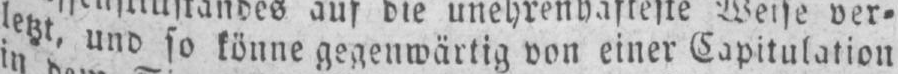
letzt, und so könne gegenwärtig von einer Capitulation